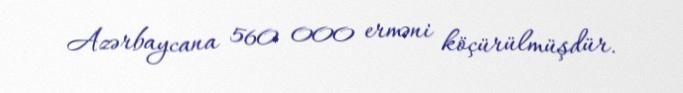
Azərbaycana 560 000 erməni köçürülmüşdür.